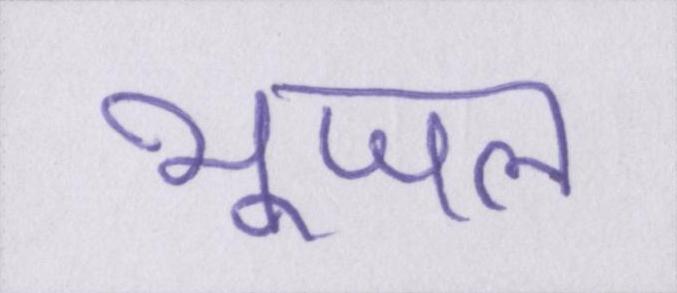
भूजल